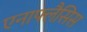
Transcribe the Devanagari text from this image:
एनाफ्लैसिस